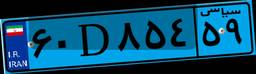
۶۰D۸۵۴۵۹